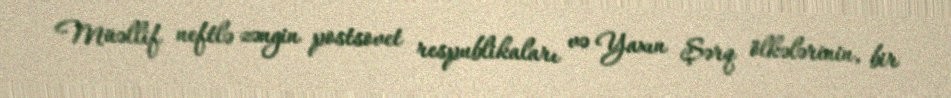
Müəllif neftlə zəngin postsovet respublikaları və Yaxın Şərq ölkələrinin, bir